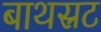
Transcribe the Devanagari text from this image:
बाथस्रट